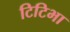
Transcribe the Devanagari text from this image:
टिटिभा